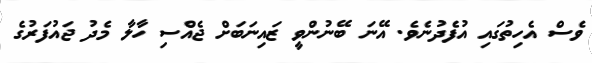
ވެސް އެހިތުގައި އުފެދުނެވެ. އޭނަ ބޭނުންވީ ޒައިނަބަށް ޖެއްސި ހާލާ މެދު ޖައުފަރުގެ